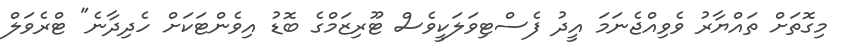
މިގޮތަށް ތައްޔާރު ވެވިއްޖެނަމަ އީދު ފެސްޓިވަލަކީވެސް ޓޫރިޒަމްގެ ބޮޑު އިވެންޓަކަށް ހެދިދާނެ" ޓްރެވަލް